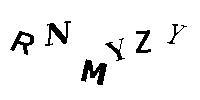
RNMYZY